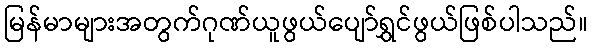
မြန်မာများအတွက်ဂုဏ်ယူဖွယ်ပျော်ရွှင်ဖွယ်ဖြစ်ပါသည်။